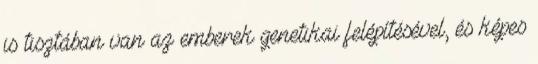
is tisztában van az emberek genetikai felépítésével, és képes